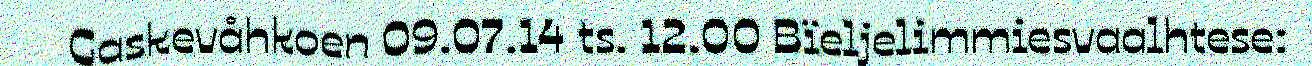
Gaskevåhkoen 09.07.14 ts. 12.00 Bïeljelimmiesvaalhtese: